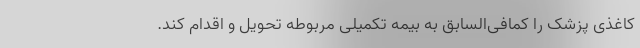
کاغذی پزشک را کمافی‌السابق به بیمه تکمیلی مربوطه تحویل و اقدام کند.